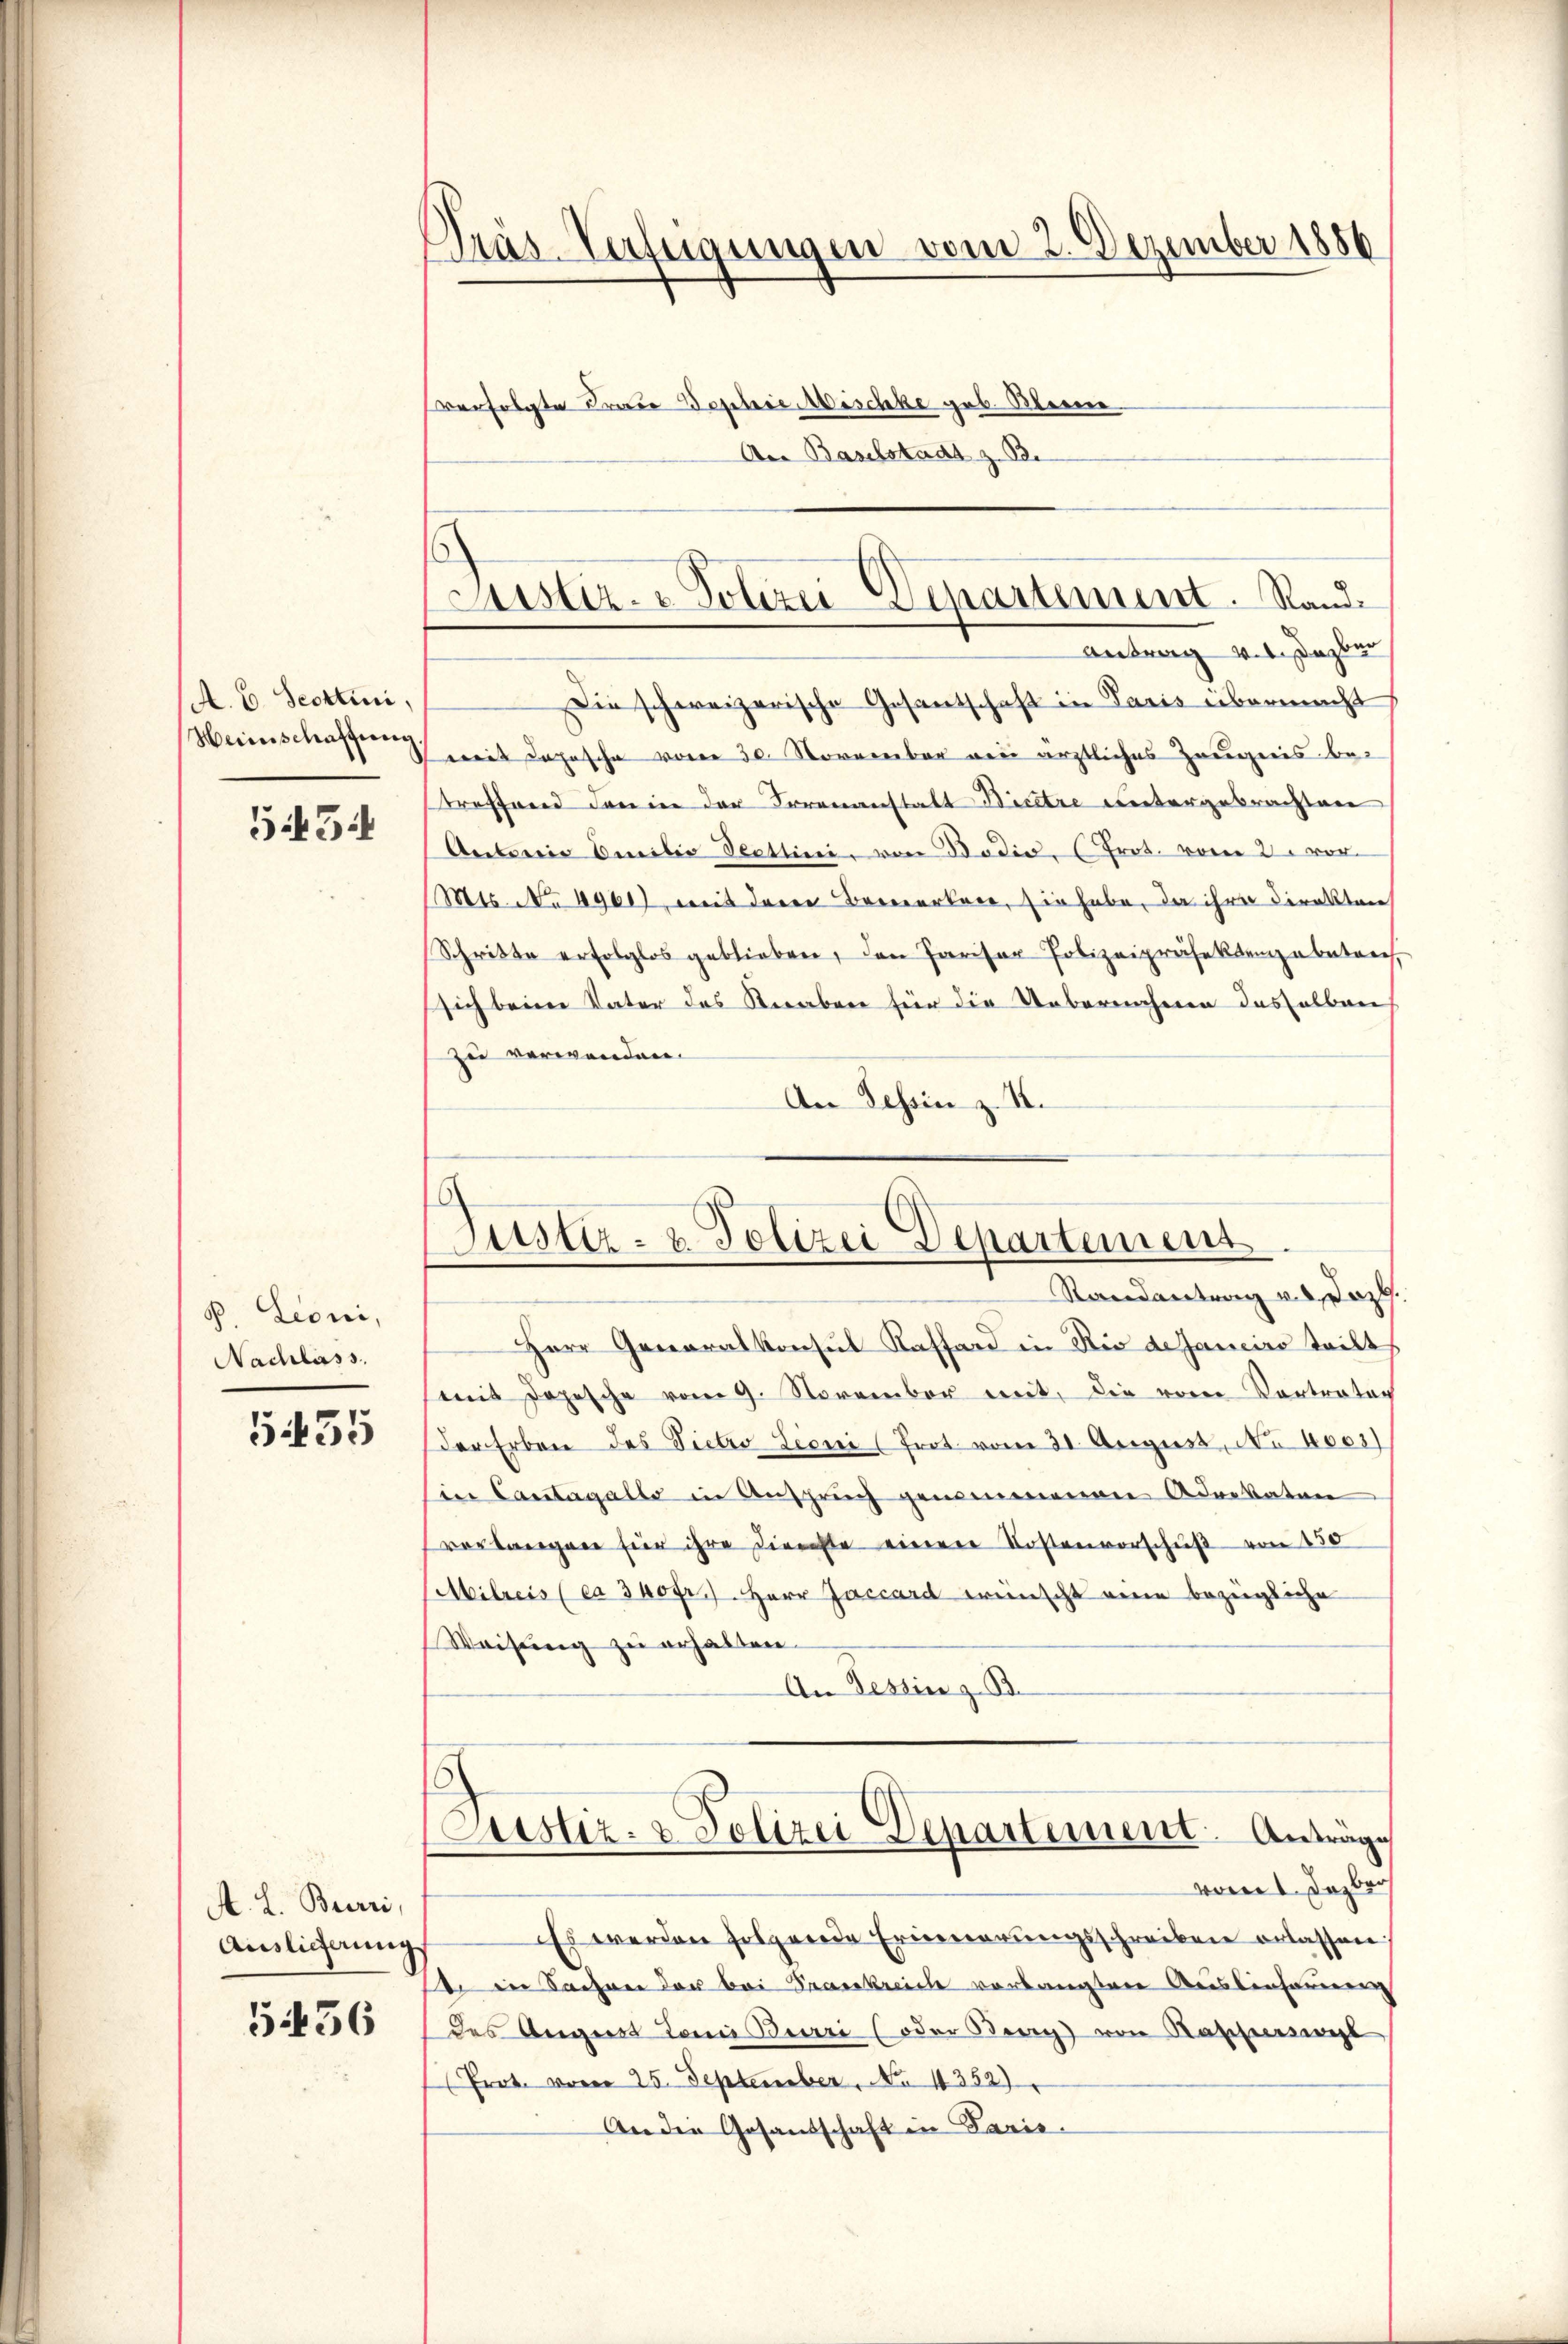
A. B. Scottini,
Weinschaffung.

545

8. Leoni,
Nachlass.

535

A. L. Burri,
Aislicherungs

5436

Dräs-Verfügungen vom 2. Dezember 1886

verfolgte Frau Sophie, Mischke geb. Kleine
An Baselstadt z. B.

Justiz- & Polizei-Departement. Stande

Antrag v. 1. Dabei
Die schweizerische Gesantschaft in Paris übermacht
 mit Jahrsche vom 30. November von ärztliches Zeugnis be-
treffend darin der Irrenanstalt Bicere untergebrachten
Antereie Emilie Teettini, von Badis, (Prot. vom 2. vor
Mts. No 1901), mit deren Bemerkere, sie habe, da ihre Direkton
Schritte erfolglos geblieben, den Parisar Polizeipräsektenzabeten.
sich beim Vater des Reraben für die Uebernahmen desselben
zu verwenden.
An Tessin z. B.
Randantrag v. Lazl.
Herr Generalkonsul Kassard in Rio de Janeiro teilt
mit Jopische vom 9. November mit, die vom Vortrator
der Erben des Pietro Lioni (frot vom 31. August, No 1003)
in Cantagallo in Anspruch genommenen Advokaten
verlangen für ihre dienste einer Kostenvorschuß von 150
Milreis (ca 300 fr. Herr Jaccard wünscht eine bezügliche
Weisung zu erhalten.
An Tessin z. B.
Justiz- & Polizei Departement. Antrage
vor. Dazber
Es werden folgende Erinnerungsschreiben erlassen
s in Sachen der bei Strankreiche vorlangten Auslinhauen
des Anges Tomi Beuri (oder Berg von Rascheint
Prot. vom 25. September, No 1352)
An der Gesandschaft in Paris.

Justiz- & Polizei Departement.